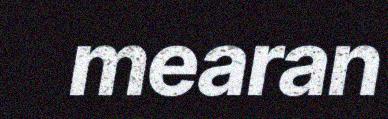
mearan